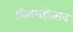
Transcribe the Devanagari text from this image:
शिवमहोत्सव